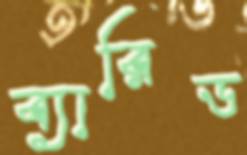
ব্যারিড